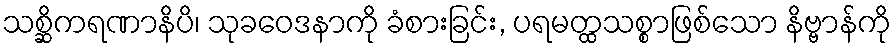
သစ္ဆိကရဏာနိပိ၊ သုခဝေဒနာကို ခံစားခြင်း, ပရမတ္ထသစ္စာဖြစ်သော နိဗ္ဗာန်ကို